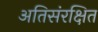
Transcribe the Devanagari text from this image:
अतिसंरक्षित